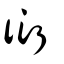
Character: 衍